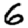
Digit: 6